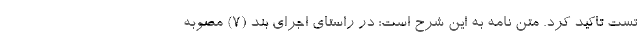
تست تاکید کرد. متن نامه به این شرح است: در راستای اجرای بند (7) مصوبه